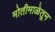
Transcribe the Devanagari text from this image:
मोतीमाळेतून